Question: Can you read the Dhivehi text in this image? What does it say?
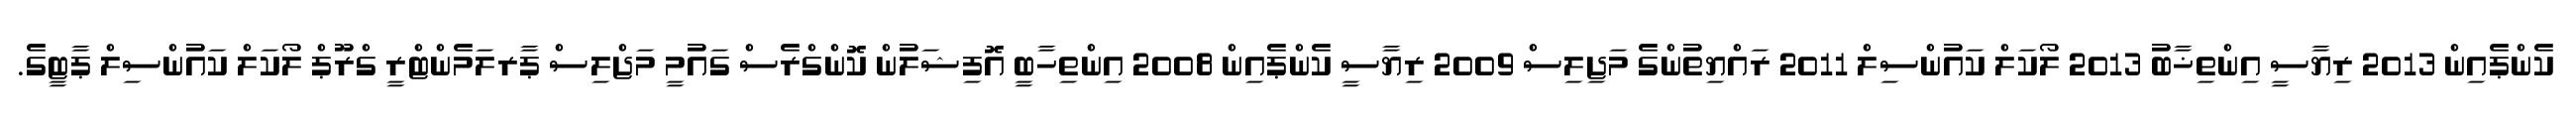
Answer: ކެންޕެއިން 2013 ރިޔާސީ އިންތިޚާބު 2013 ލޯކަލް ކައުންސިލް 2011 ރައްޔިތުންގެ މަޖިލިސް 2009 ރިޔާސީ ކެންޕެއިން 2008 އިންތިހާބީ އޮފިޝަލުން ކޮންގްރެސް ގައުމީ މަޖްލިސް ޕާރލަމެންޓްރީ ގްރޫޕް ލޯކަލް ކައުންސިލް ޕާޓީގެ.